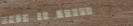
OPEN 24 HOURS